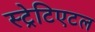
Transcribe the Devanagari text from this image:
स्ट्रेटिएटल